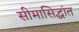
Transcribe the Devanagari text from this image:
सीमासिद्धांत